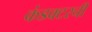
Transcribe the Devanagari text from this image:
कंडक्टरची